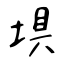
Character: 埧